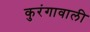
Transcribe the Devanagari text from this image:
कुरंगावाली